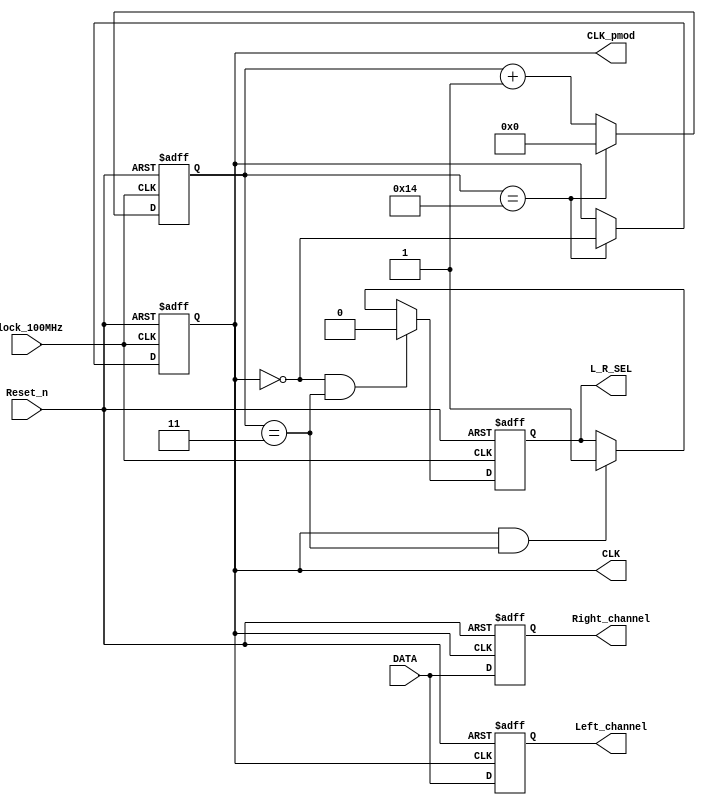
`timescale 1ns / 1ns
//////////////////////////////////////////////////////////////////////////////////
// Company:  RUAS
// 
// Design Name: 
// Module Name: Microphone
// Project Name: 
// Target Devices: 
// Tool Versions: 
// Description: 
// 
// Dependencies: 
// 
// Revision:
// Revision 0.01 - File Created
// Additional Comments:
// 
//////////////////////////////////////////////////////////////////////////////////


module Microphone(
         output reg CLK, L_R_SEL,  
         input DATA, Clock_100MHz, Reset_n,
         output reg Right_channel, Left_channel,          
         output CLK_pmod
       );   
              
   assign CLK_pmod = CLK;      
             
  // Generate a clock(CLK) of frequency 2.4MHz(2400KHz) = 416.67ns
     // 416.67ns clock = 208ns ON + 208ns OFF;
     // 100MHz = 10ns = 1; 208ns = x; x = 21
     // 20 = 1_0100b 
     
     reg [4:0] count_21;
          
     always@(posedge Clock_100MHz, negedge Reset_n) 
       if(!Reset_n)
         begin
           CLK <= 0;
           count_21 <= 0;
         end  
       else if(count_21 == 20)
         begin
           CLK <= ~CLK; 
           count_21 <= 0; 
         end   
       else
         begin
           CLK <= CLK;        
           count_21 <= count_21 + 1;  
         end  
         
         
  // Generate Left and Right Selector signal       
     always@(negedge Clock_100MHz, negedge Reset_n) 
        if(!Reset_n)
          L_R_SEL <= 1'bz;        
        else if((CLK == 0) && (count_21 == 3)) 
          L_R_SEL <= 0;  // Right channel   
        else if((CLK == 1) && (count_21 == 3)) 
          L_R_SEL <= 1; // Left channel  
          
              
 // Generate Right channel signal            
    always@(posedge CLK, negedge Reset_n)  
      if(!Reset_n) 
         Right_channel <= 0;
      else  
         Right_channel <= DATA;
         
         
 // Generate Left channel signal                     
    always@(negedge CLK, negedge Reset_n)  
      if(!Reset_n)
        Left_channel <= 0;  
      else  
        Left_channel <= DATA; 
         
endmodule